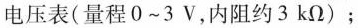
电压表(量程 0~3 V，内阻约 3 kΩ)；